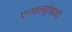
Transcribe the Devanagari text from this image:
एन्फ्ल्यूएंझाची